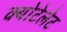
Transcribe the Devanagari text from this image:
क्योटेलेट